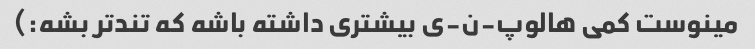
مینوست کمی هالوپ-ن-ی بیشتری داشته باشه که تندتر بشه:)